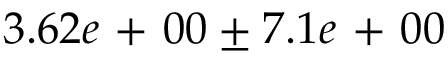
3 . 6 2 e \mathrm { ~ + ~ } 0 0 \pm 7 . 1 e \mathrm { ~ + ~ } 0 0